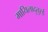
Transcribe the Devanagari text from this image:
मायिलादुतुरई